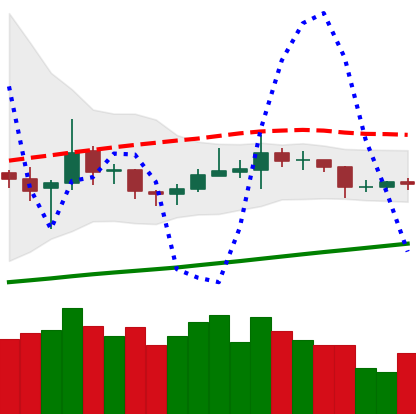
Ticker: TRX-USD
Chart end date: 2020-10-19
Forward return: 4.598%
Label: up_3_5